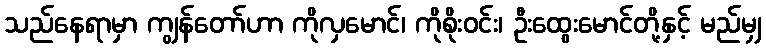
သည်နေရာမှာ ကျွန်တော်ဟာ ကိုလှမောင်၊ ကိုစိုးဝင်း၊ ဦးထွေးမောင်တို့နှင့် မည်မျှ